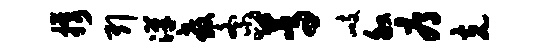
携引汉教紊蒿峙叙辱克